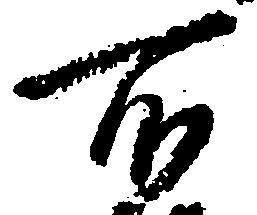
所